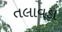
તલાવડા